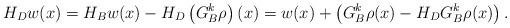
LaTeX: \begin{align*}H_Dw(x)= H_Bw(x)- H_D\left(G^k_B\rho\right)(x)= w(x)+\left(G^k_B\rho(x)-H_DG^k_B\rho(x)\right).\end{align*}